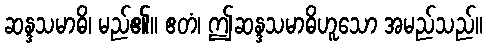
ဆန္ဒသမာဓိ၊ မည်၏။ ဧတံ၊ ဤဆန္ဒသမာဓိဟူသော အမည်သည်။